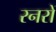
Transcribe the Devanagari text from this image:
रनरों